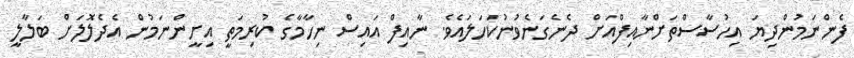
ފެންނަމުންދިޔަ އިހުސާސްތަށްނާއިފްއަށް ދެނެގަނެވުނުކަހަލައެވެ. ނާއިފް އައިސް ނިހާމާގެ ކުރިމަތީ އިށީންނަމުން އެދެލޮލަށް ބަލާލީ